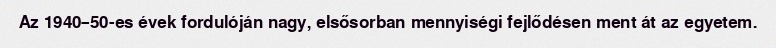
Az 1940–50-es évek fordulóján nagy, elsősorban mennyiségi fejlődésen ment át az egyetem.